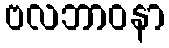
ဗလဘာဝနာ